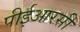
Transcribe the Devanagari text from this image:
पीईआरसी